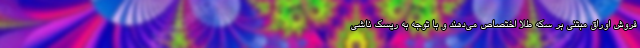
فروش اوراق مبتنی بر سکه طلا اختصاص می‌دهند و با توجه به ریسک ناشی